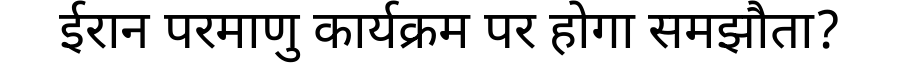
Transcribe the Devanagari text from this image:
ईरान परमाणु कार्यक्रम पर होगा समझौता?